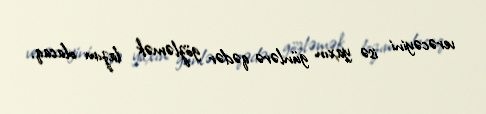
verəcəyini isə yaxın günlərə qədər gözləmək lazım olacaq.